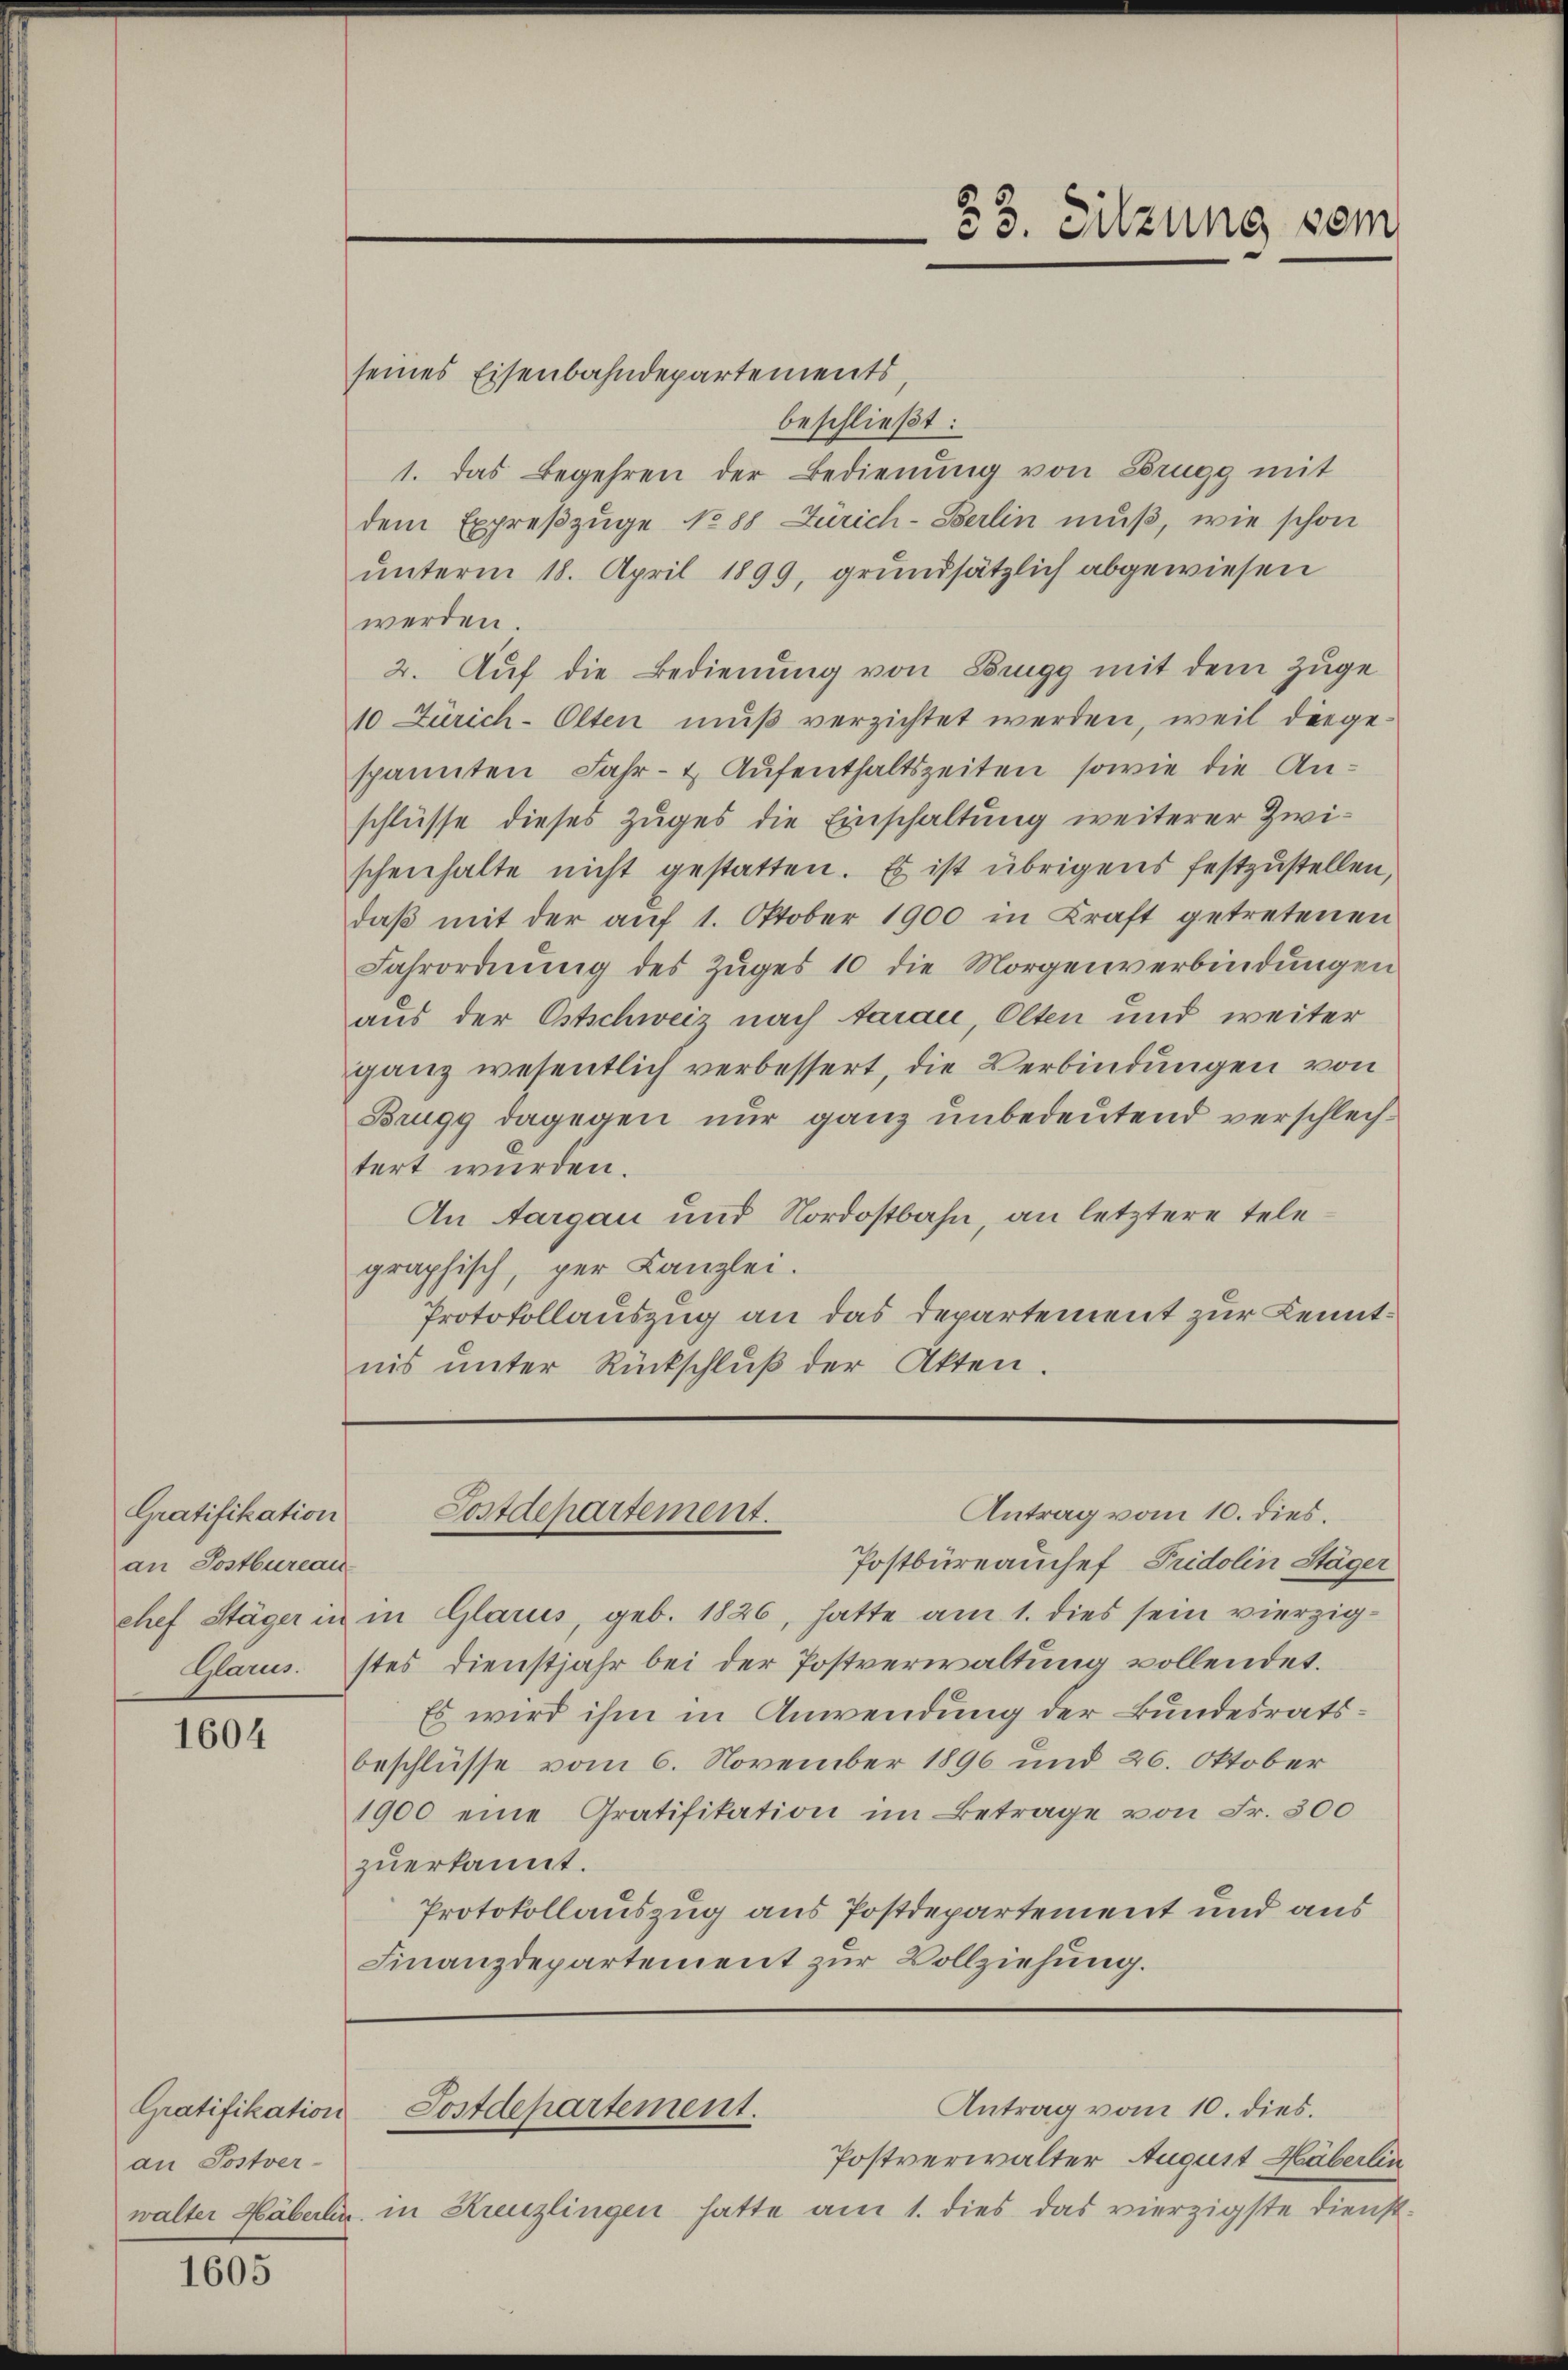
Gratifikation
an Postbureau

1604

Gratifikation
an Postver-

1605

seines Eisenbahndepartements
beschließt:
1. das Begehren der Bedienung von Brugg mit
dem Expreßzüge No 88 Zürich-Berlin muß, wie schon
unterm 18. April 1899, grundsätzlich abgewiesen
werden.
2. Auf die Bedienung von Bingg mit dem Zuge
10 Zürich-Olten mŭβ verzichtet werden, weil die ge-
spannten Jahr- & Aufenthaltszeiten, sowie die Anschlüsse dieses Zuges die Einschaltung weiterer Zwischenhalte nicht gestatten. Es ist übrigens festzustellen,
daβ mit der aŭf 1. Oktober 1900 in Kraft getretenen
Fahrordnŭng des Zŭges 10 die Morgenverbindŭngen
aus der Ostschweiz nach darau, Olten und weiter
ganz wesentlich verbessert, die Verbindungen von
Brugg dagegen nur ganz unbedeutend verschlechtert wurden.
An Aargau und Nordostbahn, an letztere Telegraphisch, per Kanzlei.
Protokollauszug an das Departement zur Kenntnis unter Rückschluß der Akten.

33. Sitzung vom

Postbüreauchef Fridolin Stäger
chef Stäger in in Glarus, geb. 1826, hatte am 1. dies sein vierzig¬
Glarus. stes Dienstjahr bei der Postverwaltung vollendet.
Es wird ihm in Anwendung der Bundesratsbeschlüsse vom 6. November 1896 und 26. Oktober
1900 eine Gratifikation im Betrage von Fr. 300
zuerkannt.
Protokollauszug aus Postdepartement und aus
Finanzdepartement zur Vollziehung.

Antrag vom 10. dies.
Postdepartement.

Postverwalter August Häberlin
walter Häberlin in Kreuzlingen hatte am 1. dies das vierzigste Dienst-

Antrag vom 10. dies.
Postdepartement.